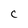
Character: C